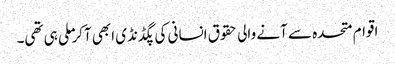
اقوام متحدہ سے آنے والی حقوق انسانی کی پگڈنڈی ابھی آکر ملی ہی تھی۔